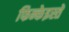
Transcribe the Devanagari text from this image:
फिन्केइस्तें